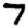
Digit: 7